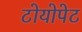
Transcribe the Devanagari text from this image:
टोयोपेट